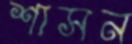
শাসন